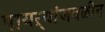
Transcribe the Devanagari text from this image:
पायऱ्यांजवळीन